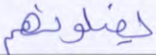
يضلونهم